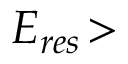
E _ { r e s } \! >